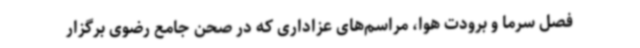
فصل سرما و برودت‌ هوا، مراسم‌های عزاداری که در صحن جامع رضوی برگزار